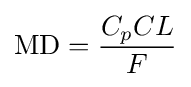
{\mbox{MD}}={\frac {C_{p}CL}{F}}